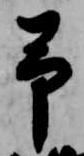
予